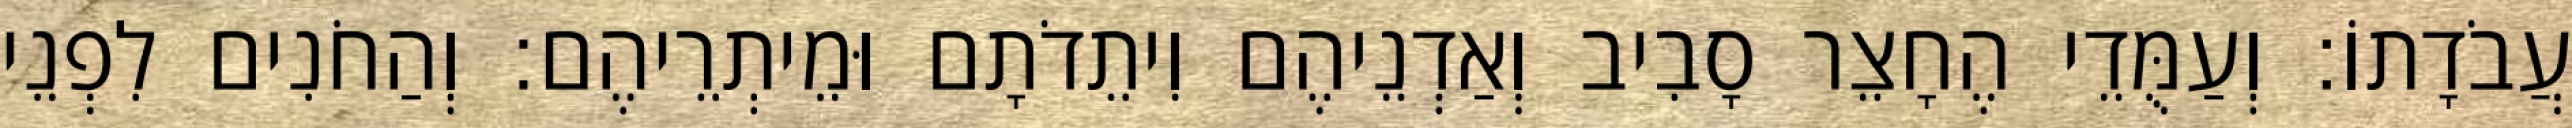
עֲבֹדָתוֹ׃ וְעַמֻּדֵי הֶחָצֵר סָבִיב וְאַדְנֵיהֶם וִיתֵדֹתָם וּמֵיתְרֵיהֶם׃ וְהַחֹנִים לִפְנֵי